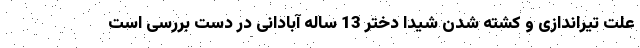
علت تیراندازی و کشته شدن شیدا دختر 13 ساله آبادانی در دست بررسی است